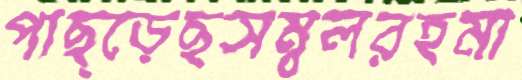
পাছ্‌ড়েছসম্বলরহমা